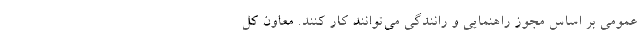
عمومی بر اساس مجوز راهنمایی و رانندگی می‌توانند کار کنند. معاون کل